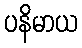
ပနိမာယ